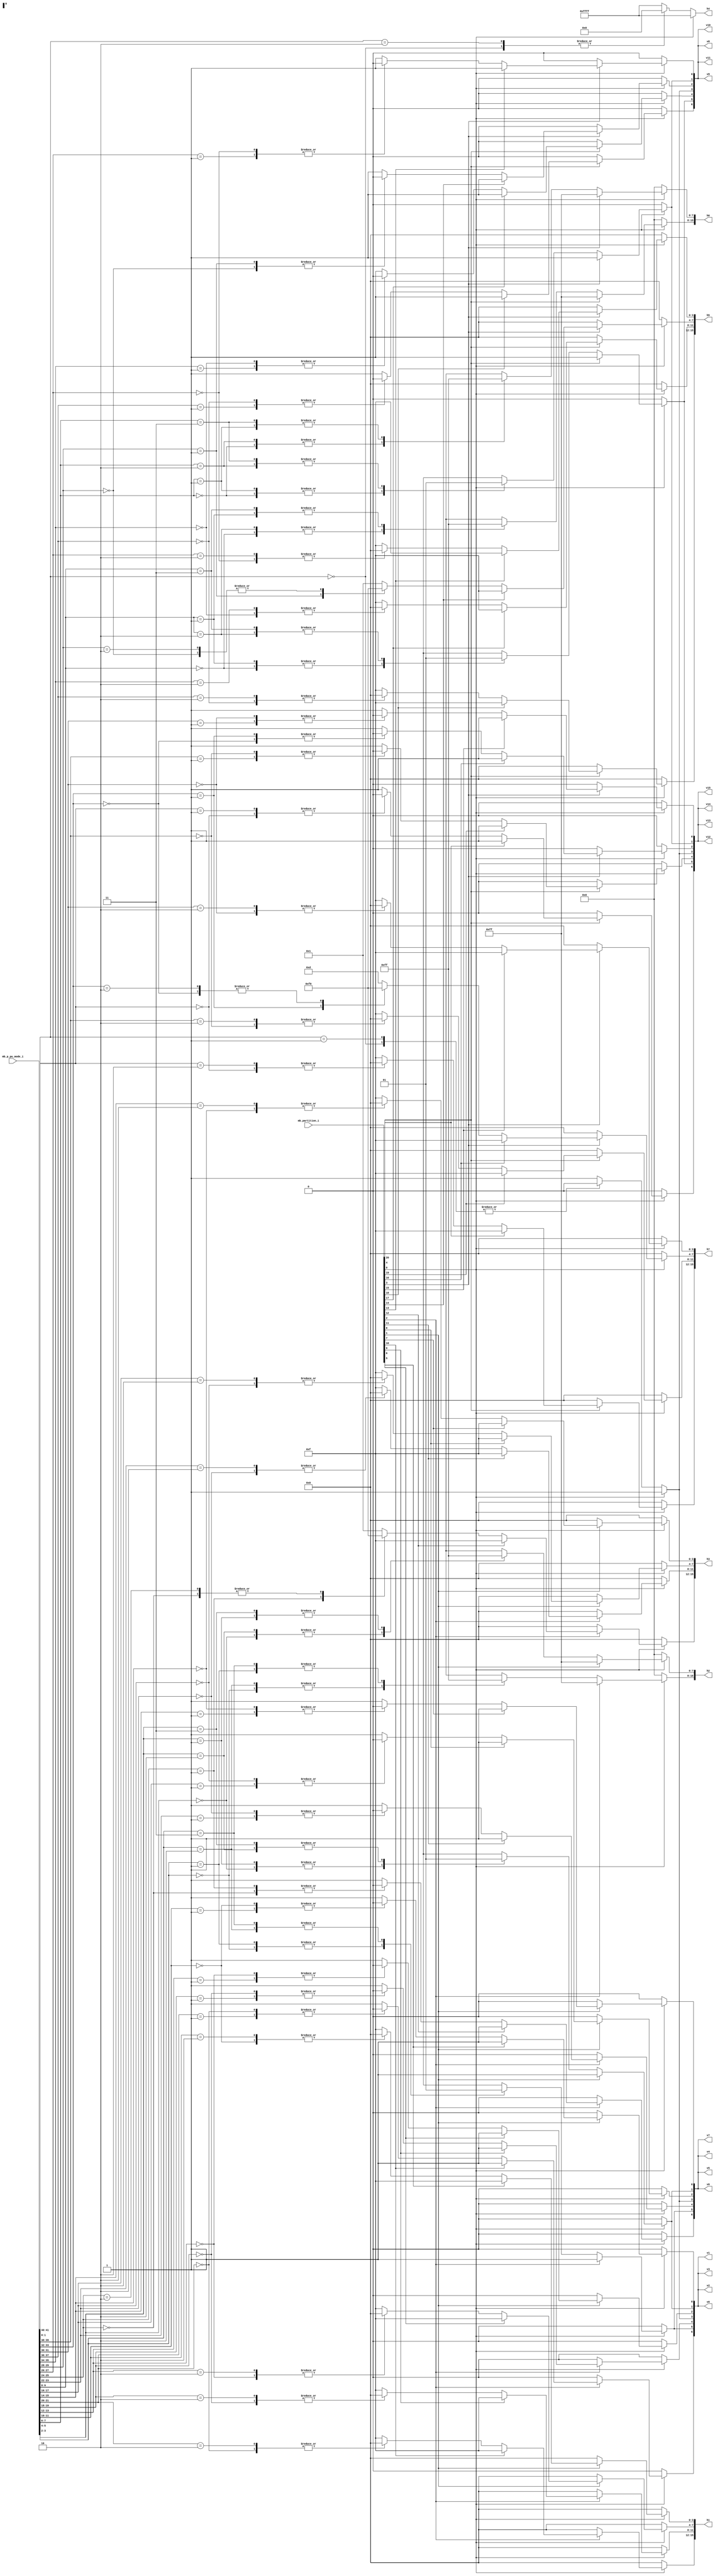
//----------------------------------------------------------------------------
//                                                                 
//  COPYRIGHT (C) 2011, VIPcore Group, Fudan University
//                                                                  
//  THIS FILE MAY NOT BE MODIFIED OR REDISTRIBUTED WITHOUT THE      
//  EXPRESSED WRITTEN CONSENT OF VIPcore Group
//                                                                  
//  VIPcore       : http://soc.fudan.edu.cn/vip    
//  IP Owner 	  : Yibo FAN
//  Contact       : fanyibo@fudan.edu.cn             
//----------------------------------------------------------------------------
// Description    : cacl the tu edge of the luma lcu
//					tu is sqare	so only cacl the ver edge,the hor edge = ver edge         
//----------------------------------------------------------------------------
module db_pu_edge(
					mb_partition_i,
					mb_p_pu_mode_i,
 					v0,v1,v2 ,v3 ,v4 ,v5 ,v6 ,v7 ,
					v8,v9,v10,v11,v12,v13,v14,v15,
                    h1,h2,h3,h4,h5,h6,h7
				 );
// **************************************************************************************
//                                             
//    INPUT / OUTPUT DECLARATION               
//                                             
// **************************************************************************************
input 	[20:0]		mb_partition_i		         ;// CU partition mode,0:not split , 1:split
input   [41:0]      mb_p_pu_mode_i		         ;
output  [6:0]       v0,v1,v2 ,v3 ,v4 ,v5 ,v6 ,v7 ;
output  [6:0]       v8,v9,v10,v11,v12,v13,v14,v15;
output  [15:0]      h1,h2,h3,h4,h5,h6,h7  		 ;
   
reg     [6:0]       v0,v1,v2,v3 ,v4 ,v5 ,v6 ,v7  ;
reg     [6:0]       v8,v9,v10,v11,v12,v13,v14,v15;				 
reg     [15:0]      h1,h2,h3,h4,h5,h6,h7  		 ;

//8x8 pu edge : h1 h3 h5 h7  v[0 2 4 6]
//h1
always @* begin		
	if(!mb_partition_i[0])     begin //64x64		
		v0[0]		=	1'b0	;
		v1[0]		=	1'b0	;
		v2[0]		=	1'b0	;
		v3[0]		=	1'b0	;
		h1[3:0]		=   4'h0  	;
	end
    else if(!mb_partition_i[1])	begin //32x32		
		v0[0]		=	1'b0	;
		v1[0]		=	1'b0	;
		v2[0]		=	1'b0	;
		v3[0]		=	1'b0	;
		h1[3:0]		=   4'h0  	;
	end
    else if(mb_partition_i[5])  begin //8x8	
		v0[0]		=	1'b1	;
		v1[0]		=	1'b1	;
		v2[0]		=	1'b1	;
		v3[0]		=	1'b1	;
		h1[3:0]		=   4'hf  	;
	end
	else begin						//16x16
		case(mb_p_pu_mode_i[11:10])
			2'b00:begin v0[0]= 1'b0;v1[0]= 1'b0;v2[0]= 1'b0;v3[0]= 1'b0;h1[3:0]=4'h0; end
			2'b01:begin v0[0]= 1'b0;v1[0]= 1'b0;v2[0]= 1'b0;v3[0]= 1'b0;h1[3:0]=4'hf; end
			2'b10:begin v0[0]= 1'b1;v1[0]= 1'b1;v2[0]= 1'b1;v3[0]= 1'b1;h1[3:0]=4'h0; end
		  default:begin v0[0]= 1'b1;v1[0]= 1'b1;v2[0]= 1'b1;v3[0]= 1'b1;h1[3:0]=4'hf; end
        endcase		
    end		
end		

always @* begin		
	if(!mb_partition_i[0])     begin //64x64		
		v0[2]		=	1'b0	;
		v1[2]		=	1'b0	;
		v2[2]		=	1'b0	;
		v3[2]		=	1'b0	;
		h1[7:4]		=   4'h0  	;
	end
    else if(!mb_partition_i[1])	begin //32x32		
		v0[2]		=	1'b0	;
		v1[2]		=	1'b0	;
		v2[2]		=	1'b0	;
		v3[2]		=	1'b0	;
		h1[7:4]		=   4'h0  	;
	end
    else if(mb_partition_i[6])  begin //8x8	
		v0[2]		=	1'b1	;
		v1[2]		=	1'b1	;
		v2[2]		=	1'b1	;
		v3[2]		=	1'b1	;
		h1[7:4]		=   4'hf  	;
	end
	else begin						//16x16
		case(mb_p_pu_mode_i[13:12])
			2'b00:begin v0[2]= 1'b0;v1[2]= 1'b0;v2[2]= 1'b0;v3[2]= 1'b0;h1[7:4]=4'h0; end
			2'b01:begin v0[2]= 1'b0;v1[2]= 1'b0;v2[2]= 1'b0;v3[2]= 1'b0;h1[7:4]=4'hf; end
			2'b10:begin v0[2]= 1'b1;v1[2]= 1'b1;v2[2]= 1'b1;v3[2]= 1'b1;h1[7:4]=4'h0; end
		  default:begin v0[2]= 1'b1;v1[2]= 1'b1;v2[2]= 1'b1;v3[2]= 1'b1;h1[7:4]=4'hf; end
        endcase		
    end		
end	

always @* begin		
	if(!mb_partition_i[0])     begin //64x64		
		v0[4]		=	1'b0	;
		v1[4]		=	1'b0	;
		v2[4]		=	1'b0	;
		v3[4]		=	1'b0	;
		h1[11:8]	=   4'h0  	;
	end
    else if(!mb_partition_i[2])	begin //32x32		
		v0[4]		=	1'b0	;
		v1[4]		=	1'b0	;
		v2[4]		=	1'b0	;
		v3[4]		=	1'b0	;
		h1[11:8]	=   4'h0  	;
	end
    else if(mb_partition_i[9])  begin //8x8	
		v0[4]		=	1'b1	;
		v1[4]		=	1'b1	;
		v2[4]		=	1'b1	;
		v3[4]		=	1'b1	;
		h1[11:8]	=   4'hf  	;
	end
	else begin						//16x16
		case(mb_p_pu_mode_i[19:18])
			2'b00:begin v0[4]= 1'b0;v1[4]= 1'b0;v2[4]= 1'b0;v3[4]= 1'b0;h1[11:8]=4'h0; end
			2'b01:begin v0[4]= 1'b0;v1[4]= 1'b0;v2[4]= 1'b0;v3[4]= 1'b0;h1[11:8]=4'hf; end
			2'b10:begin v0[4]= 1'b1;v1[4]= 1'b1;v2[4]= 1'b1;v3[4]= 1'b1;h1[11:8]=4'h0; end
		  default:begin v0[4]= 1'b1;v1[4]= 1'b1;v2[4]= 1'b1;v3[4]= 1'b1;h1[11:8]=4'hf; end
        endcase		
    end		
end	

always @* begin		
	if(!mb_partition_i[0])     begin //64x64		
		v0[6]		=	1'b0	;
		v1[6]		=	1'b0	;
		v2[6]		=	1'b0	;
		v3[6]		=	1'b0	;
		h1[15:12]	=   4'h0  	;
	end
    else if(!mb_partition_i[2])	begin //32x32		
		v0[6]		=	1'b0	;
		v1[6]		=	1'b0	;
		v2[6]		=	1'b0	;
		v3[6]		=	1'b0	;
		h1[15:12]	=   4'h0  	;
	end
    else if(mb_partition_i[10])  begin //8x8	
		v0[6]		=	1'b1	;
		v1[6]		=	1'b1	;
		v2[6]		=	1'b1	;
		v3[6]		=	1'b1	;
		h1[15:12]	=   4'hf  	;
	end
	else begin						//16x16
		case(mb_p_pu_mode_i[21:20])
			2'b00:begin v0[6]= 1'b0;v1[6]= 1'b0;v2[6]= 1'b0;v3[6]= 1'b0;h1[15:12]=4'h0; end
			2'b01:begin v0[6]= 1'b0;v1[6]= 1'b0;v2[6]= 1'b0;v3[6]= 1'b0;h1[15:12]=4'hf; end
			2'b10:begin v0[6]= 1'b1;v1[6]= 1'b1;v2[6]= 1'b1;v3[6]= 1'b1;h1[15:12]=4'h0; end
		  default:begin v0[6]= 1'b1;v1[6]= 1'b1;v2[6]= 1'b1;v3[6]= 1'b1;h1[15:12]=4'hf; end
        endcase		
    end		
end	
//h3
always @* begin		
	if(!mb_partition_i[0])     begin //64x64		
		v4[0]		=	1'b0	;
		v5[0]		=	1'b0	;
		v6[0]		=	1'b0	;
		v7[0]		=	1'b0	;
		h3[3:0]		=   4'h0  	;
	end
    else if(!mb_partition_i[1])	begin //32x32		
		v4[0]		=	1'b0	;
		v5[0]		=	1'b0	;
		v6[0]		=	1'b0	;
		v7[0]		=	1'b0	;
		h3[3:0]		=   4'h0  	;
	end
    else if(mb_partition_i[7])  begin //8x8	
		v4[0]		=	1'b1	;
		v5[0]		=	1'b1	;
		v6[0]		=	1'b1	;
		v7[0]		=	1'b1	;
		h3[3:0]		=   4'hf  	;
	end
	else begin						//16x16
		case(mb_p_pu_mode_i[15:14])
			2'b00:begin v4[0]= 1'b0;v5[0]= 1'b0;v6[0]= 1'b0;v7[0]= 1'b0;h3[3:0]=4'h0; end
			2'b01:begin v4[0]= 1'b0;v5[0]= 1'b0;v6[0]= 1'b0;v7[0]= 1'b0;h3[3:0]=4'hf; end
			2'b10:begin v4[0]= 1'b1;v5[0]= 1'b1;v6[0]= 1'b1;v7[0]= 1'b1;h3[3:0]=4'h0; end
		  default:begin v4[0]= 1'b1;v5[0]= 1'b1;v6[0]= 1'b1;v7[0]= 1'b1;h3[3:0]=4'hf; end
        endcase		
    end		
end		

always @* begin		
	if(!mb_partition_i[0])     begin //64x64		
		v4[2]		=	1'b0	;
		v5[2]		=	1'b0	;
		v6[2]		=	1'b0	;
		v7[2]		=	1'b0	;
		h3[7:4]		=   4'h0  	;
	end
    else if(!mb_partition_i[1])	begin //32x32		
		v4[2]		=	1'b0	;
		v5[2]		=	1'b0	;
		v6[2]		=	1'b0	;
		v7[2]		=	1'b0	;
		h3[7:4]		=   4'h0  	;
	end
    else if(mb_partition_i[8])  begin //8x8	
		v4[2]		=	1'b1	;
		v5[2]		=	1'b1	;
		v6[2]		=	1'b1	;
		v7[2]		=	1'b1	;
		h3[7:4]		=   4'hf  	;
	end
	else begin						//16x16
		case(mb_p_pu_mode_i[17:16])
			2'b00:begin v4[2]= 1'b0;v5[2]= 1'b0;v6[2]= 1'b0;v7[2]= 1'b0;h3[7:4]=4'h0; end
			2'b01:begin v4[2]= 1'b0;v5[2]= 1'b0;v6[2]= 1'b0;v7[2]= 1'b0;h3[7:4]=4'hf; end
			2'b10:begin v4[2]= 1'b1;v5[2]= 1'b1;v6[2]= 1'b1;v7[2]= 1'b1;h3[7:4]=4'h0; end
		  default:begin v4[2]= 1'b1;v5[2]= 1'b1;v6[2]= 1'b1;v7[2]= 1'b1;h3[7:4]=4'hf; end
        endcase		
    end		
end	

always @* begin		
	if(!mb_partition_i[0])     begin //64x64		
		v4[4]		=	1'b0	;
		v5[4]		=	1'b0	;
		v6[4]		=	1'b0	;
		v7[4]		=	1'b0	;
		h3[11:8]	=   4'h0  	;
	end
    else if(!mb_partition_i[2])	begin //32x32		
		v4[4]		=	1'b0	;
		v5[4]		=	1'b0	;
		v6[4]		=	1'b0	;
		v7[4]		=	1'b0	;
		h3[11:8]	=   4'h0  	;
	end
    else if(mb_partition_i[11])  begin //8x8	
		v4[4]		=	1'b1	;
		v5[4]		=	1'b1	;
		v6[4]		=	1'b1	;
		v7[4]		=	1'b1	;
		h3[11:8]	=   4'hf  	;
	end
	else begin						//16x16
		case(mb_p_pu_mode_i[23:22])
			2'b00:begin v4[4]= 1'b0;v5[4]= 1'b0;v6[4]= 1'b0;v7[4]= 1'b0;h3[11:8]=4'h0; end
			2'b01:begin v4[4]= 1'b0;v5[4]= 1'b0;v6[4]= 1'b0;v7[4]= 1'b0;h3[11:8]=4'hf; end
			2'b10:begin v4[4]= 1'b1;v5[4]= 1'b1;v6[4]= 1'b1;v7[4]= 1'b1;h3[11:8]=4'h0; end
		  default:begin v4[4]= 1'b1;v5[4]= 1'b1;v6[4]= 1'b1;v7[4]= 1'b1;h3[11:8]=4'hf; end
        endcase		
    end		
end	

always @* begin		
	if(!mb_partition_i[0])     begin //64x64		
		v4[6]		=	1'b0	;
		v5[6]		=	1'b0	;
		v6[6]		=	1'b0	;
		v7[6]		=	1'b0	;
		h3[15:12]	=   4'h0  	;
	end
    else if(!mb_partition_i[2])	begin //32x32		
		v4[6]		=	1'b0	;
		v5[6]		=	1'b0	;
		v6[6]		=	1'b0	;
		v7[6]		=	1'b0	;
		h3[15:12]	=   4'h0  	;
	end
    else if(mb_partition_i[12])  begin //8x8	
		v4[6]		=	1'b1	;
		v5[6]		=	1'b1	;
		v6[6]		=	1'b1	;
		v7[6]		=	1'b1	;
		h3[15:12]	=   4'hf  	;
	end
	else begin						//16x16
		case(mb_p_pu_mode_i[25:24])
			2'b00:begin v4[6]= 1'b0;v5[6]= 1'b0;v6[6]= 1'b0;v7[6]= 1'b0;h3[15:12]=4'h0; end
			2'b01:begin v4[6]= 1'b0;v5[6]= 1'b0;v6[6]= 1'b0;v7[6]= 1'b0;h3[15:12]=4'hf; end
			2'b10:begin v4[6]= 1'b1;v5[6]= 1'b1;v6[6]= 1'b1;v7[6]= 1'b1;h3[15:12]=4'h0; end
		  default:begin v4[6]= 1'b1;v5[6]= 1'b1;v6[6]= 1'b1;v7[6]= 1'b1;h3[15:12]=4'h1; end
        endcase		
    end		
end	
//h5
always @* begin		
	if(!mb_partition_i[0])     begin //64x64		
		v8[0]		=	1'b0	;
		v9[0]		=	1'b0	;
		v10[0]		=	1'b0	;
		v11[0]		=	1'b0	;
		h5[3:0]		=   4'h0  	;
	end
    else if(!mb_partition_i[3])	begin //32x32		
		v8[0]		=	1'b0	;
		v9[0]		=	1'b0	;
		v10[0]		=	1'b0	;
		v11[0]		=	1'b0	;
		h5[3:0]		=   4'h0  	;
	end
    else if(mb_partition_i[13])  begin //8x8	
		v8[0]		=	1'b1	;
		v9[0]		=	1'b1	;
		v10[0]		=	1'b1	;
		v11[0]		=	1'b1	;
		h5[3:0]		=   4'hf  	;
	end
	else begin						//16x16
		case(mb_p_pu_mode_i[27:26])
			2'b00:begin v8[0]= 1'b0;v9[0]= 1'b0;v10[0]= 1'b0;v11[0]= 1'b0;h5[3:0]=4'h0; end
			2'b01:begin v8[0]= 1'b0;v9[0]= 1'b0;v10[0]= 1'b0;v11[0]= 1'b0;h5[3:0]=4'hf; end
			2'b10:begin v8[0]= 1'b1;v9[0]= 1'b1;v10[0]= 1'b1;v11[0]= 1'b1;h5[3:0]=4'h0; end
		  default:begin v8[0]= 1'b1;v9[0]= 1'b1;v10[0]= 1'b1;v11[0]= 1'b1;h5[3:0]=4'hf; end
        endcase		
    end		
end		

always @* begin		
	if(!mb_partition_i[0])     begin //64x64		
		v8[2]		=	1'b0	;
		v9[2]		=	1'b0	;
		v10[2]		=	1'b0	;
		v11[2]		=	1'b0	;
		h5[7:4]		=   4'h0  	;
	end
    else if(!mb_partition_i[3])	begin //32x32		
		v8[2]		=	1'b0	;
		v9[2]		=	1'b0	;
		v10[2]		=	1'b0	;
		v11[2]		=	1'b0	;
		h5[7:4]		=   4'h0  	;
	end
    else if(mb_partition_i[14])  begin //8x8	
		v8[2]		=	1'b1	;
		v9[2]		=	1'b1	;
		v10[2]		=	1'b1	;
		v11[2]		=	1'b1	;
		h5[7:4]		=   4'hf  	;
	end
	else begin						//16x16
		case(mb_p_pu_mode_i[29:28])
			2'b00:begin v8[2]= 1'b0;v9[2]= 1'b0;v10[2]= 1'b0;v11[2]= 1'b0;h5[7:4]=4'h0; end
			2'b01:begin v8[2]= 1'b0;v9[2]= 1'b0;v10[2]= 1'b0;v11[2]= 1'b0;h5[7:4]=4'hf; end
			2'b10:begin v8[2]= 1'b1;v9[2]= 1'b1;v10[2]= 1'b1;v11[2]= 1'b1;h5[7:4]=4'h0; end
		  default:begin v8[2]= 1'b1;v9[2]= 1'b1;v10[2]= 1'b1;v11[2]= 1'b1;h5[7:4]=4'h1; end
        endcase		
    end		
end	

always @* begin		
	if(!mb_partition_i[0])     begin //64x64		
		v8[4]		=	1'b0	;
		v9[4]		=	1'b0	;
		v10[4]		=	1'b0	;
		v11[4]		=	1'b0	;
		h5[11:8]	=   4'h0  	;
	end
    else if(!mb_partition_i[4])	begin //32x32		
		v8[4]		=	1'b0	;
		v9[4]		=	1'b0	;
		v10[4]		=	1'b0	;
		v11[4]		=	1'b0	;
		h5[11:8]	=   4'h0  	;
	end
    else if(mb_partition_i[17])  begin //8x8	
		v8[4]		=	1'b1	;
		v9[4]		=	1'b1	;
		v10[4]		=	1'b1	;
		v11[4]		=	1'b1	;
		h5[11:8]	=   4'hf  	;
	end
	else begin						//16x16
		case(mb_p_pu_mode_i[35:34])
			2'b00:begin v8[4]= 1'b0;v9[4]= 1'b0;v10[4]= 1'b0;v11[4]= 1'b0;h5[11:8]=4'h0; end
			2'b01:begin v8[4]= 1'b0;v9[4]= 1'b0;v10[4]= 1'b0;v11[4]= 1'b0;h5[11:8]=4'hf; end
			2'b10:begin v8[4]= 1'b1;v9[4]= 1'b1;v10[4]= 1'b1;v11[4]= 1'b1;h5[11:8]=4'h0; end
		  default:begin v8[4]= 1'b1;v9[4]= 1'b1;v10[4]= 1'b1;v11[4]= 1'b1;h5[11:8]=4'hf; end
        endcase		
    end		
end	

always @* begin		
	if(!mb_partition_i[0])     begin //64x64		
		v8[6]		=	1'b0	;
		v9[6]		=	1'b0	;
		v10[6]		=	1'b0	;
		v11[6]		=	1'b0	;
		h5[15:12]	=   4'h0  	;
	end
    else if(!mb_partition_i[4])	begin //32x32		
		v8[6]		=	1'b0	;
		v9[6]		=	1'b0	;
		v10[6]		=	1'b0	;
		v11[6]		=	1'b0	;
		h5[15:12]	=   4'h0  	;
	end
    else if(mb_partition_i[18])  begin //8x8	
		v8[6]		=	1'b1	;
		v9[6]		=	1'b1	;
		v10[6]		=	1'b1	;
		v11[6]		=	1'b1	;
		h5[15:12]	=   4'hf  	;
	end
	else begin						//16x16
		case(mb_p_pu_mode_i[37:36])
			2'b00:begin v8[6]= 1'b0;v9[6]= 1'b0;v10[6]= 1'b0;v11[6]= 1'b0;h5[15:12]=4'h0; end
			2'b01:begin v8[6]= 1'b0;v9[6]= 1'b0;v10[6]= 1'b0;v11[6]= 1'b0;h5[15:12]=4'hf; end
			2'b10:begin v8[6]= 1'b1;v9[6]= 1'b1;v10[6]= 1'b1;v11[6]= 1'b1;h5[15:12]=4'h0; end
		  default:begin v8[6]= 1'b1;v9[6]= 1'b1;v10[6]= 1'b1;v11[6]= 1'b1;h5[15:12]=4'hf; end
        endcase		
    end		
end	

//h7
always @* begin		
	if(!mb_partition_i[0])     begin //64x64		
		v12[0]		=	1'b0	;
		v13[0]		=	1'b0	;
		v14[0]		=	1'b0	;
		v15[0]		=	1'b0	;
		h7[3:0]		=   4'h0  	;
	end
    else if(!mb_partition_i[3])	begin //32x32		
		v12[0]		=	1'b0	;
		v13[0]		=	1'b0	;
		v14[0]		=	1'b0	;
		v15[0]		=	1'b0	;
		h7[3:0]		=   4'h0  	;
	end
    else if(mb_partition_i[15])  begin //8x8	
		v12[0]		=	1'b1	;
		v13[0]		=	1'b1	;
		v14[0]		=	1'b1	;
		v15[0]		=	1'b1	;
		h7[3:0]		=   4'hf  	;
	end
	else begin						//16x16
		case(mb_p_pu_mode_i[31:30])
			2'b00:begin v12[0]= 1'b0;v13[0]= 1'b0;v14[0]= 1'b0;v15[0]= 1'b0;h7[3:0]=4'h0; end
			2'b01:begin v12[0]= 1'b0;v13[0]= 1'b0;v14[0]= 1'b0;v15[0]= 1'b0;h7[3:0]=4'hf; end
			2'b10:begin v12[0]= 1'b1;v13[0]= 1'b1;v14[0]= 1'b1;v15[0]= 1'b1;h7[3:0]=4'h0; end
		  default:begin v12[0]= 1'b1;v13[0]= 1'b1;v14[0]= 1'b1;v15[0]= 1'b1;h7[3:0]=4'hf; end
        endcase		
    end		
end		

always @* begin		
	if(!mb_partition_i[0])     begin //64x64		
		v12[2]		=	1'b0	;
		v13[2]		=	1'b0	;
		v14[2]		=	1'b0	;
		v15[2]		=	1'b0	;
		h7[7:4]		=   4'h0  	;
	end
    else if(!mb_partition_i[3])	begin //32x32		
		v12[2]		=	1'b0	;
		v13[2]		=	1'b0	;
		v14[2]		=	1'b0	;
		v15[2]		=	1'b0	;
		h7[7:4]		=   4'h0  	;
	end
    else if(mb_partition_i[16])  begin //8x8	
		v12[2]		=	1'b1	;
		v13[2]		=	1'b1	;
		v14[2]		=	1'b1	;
		v15[2]		=	1'b1	;
		h7[7:4]		=   4'hf  	;
	end
	else begin						//16x16
		case(mb_p_pu_mode_i[33:32])
			2'b00:begin v12[2]= 1'b0;v13[2]= 1'b0;v14[2]= 1'b0;v15[2]= 1'b0;h7[7:4]=4'h0; end
			2'b01:begin v12[2]= 1'b0;v13[2]= 1'b0;v14[2]= 1'b0;v15[2]= 1'b0;h7[7:4]=4'hf; end
			2'b10:begin v12[2]= 1'b1;v13[2]= 1'b1;v14[2]= 1'b1;v15[2]= 1'b1;h7[7:4]=4'h0; end
		  default:begin v12[2]= 1'b1;v13[2]= 1'b1;v14[2]= 1'b1;v15[2]= 1'b1;h7[7:4]=4'hd; end
        endcase		
    end		
end	

always @* begin		
	if(!mb_partition_i[0])     begin //64x64		
		v12[4]		=	1'b0	;
		v13[4]		=	1'b0	;
		v14[4]		=	1'b0	;
		v15[4]		=	1'b0	;
		h7[11:8]	=   4'h0  	;
	end
    else if(!mb_partition_i[4])	begin //32x32		
		v12[4]		=	1'b0	;
		v13[4]		=	1'b0	;
		v14[4]		=	1'b0	;
		v15[4]		=	1'b0	;
		h7[11:8]	=   4'h0  	;
	end
    else if(mb_partition_i[19])  begin //8x8	
		v12[4]		=	1'b1	;
		v13[4]		=	1'b1	;
		v14[4]		=	1'b1	;
		v15[4]		=	1'b1	;
		h7[11:8]	=   4'hf  	;
	end
	else begin						//16x16
		case(mb_p_pu_mode_i[39:38])
			2'b00:begin v12[4]= 1'b0;v13[4]= 1'b0;v14[4]= 1'b0;v15[4]= 1'b0;h7[11:8]=4'h0; end
			2'b01:begin v12[4]= 1'b0;v13[4]= 1'b0;v14[4]= 1'b0;v15[4]= 1'b0;h7[11:8]=4'hf; end
			2'b10:begin v12[4]= 1'b1;v13[4]= 1'b1;v14[4]= 1'b1;v15[4]= 1'b1;h7[11:8]=4'h0; end
		  default:begin v12[4]= 1'b1;v13[4]= 1'b1;v14[4]= 1'b1;v15[4]= 1'b1;h7[11:8]=4'hf; end
        endcase		
    end		
end	

always @* begin		
	if(!mb_partition_i[0])     begin //64x64		
		v12[6]		=	1'b0	;
		v13[6]		=	1'b0	;
		v14[6]		=	1'b0	;
		v15[6]		=	1'b0	;
		h7[15:12]	=   4'h0  	;
	end
    else if(!mb_partition_i[4])	begin //32x32		
		v12[6]		=	1'b0	;
		v13[6]		=	1'b0	;
		v14[6]		=	1'b0	;
		v15[6]		=	1'b0	;
		h7[15:12]	=   4'h0  	;
	end
    else if(mb_partition_i[20])  begin //8x8	
		v12[6]		=	1'b1	;
		v13[6]		=	1'b1	;
		v14[6]		=	1'b1	;
		v15[6]		=	1'b1	;
		h7[15:12]	=   4'hf  	;
	end
	else begin						    //16x16
		case(mb_p_pu_mode_i[41:40])
			2'b00:begin v12[6]= 1'b0;v13[6]= 1'b0;v14[6]= 1'b0;v15[6]= 1'b0;h7[15:12]=4'h0; end
			2'b01:begin v12[6]= 1'b0;v13[6]= 1'b0;v14[6]= 1'b0;v15[6]= 1'b0;h7[15:12]=4'hf; end
			2'b10:begin v12[6]= 1'b1;v13[6]= 1'b1;v14[6]= 1'b1;v15[6]= 1'b1;h7[15:12]=4'h0; end
		  default:begin v12[6]= 1'b1;v13[6]= 1'b1;v14[6]= 1'b1;v15[6]= 1'b1;h7[15:12]=4'hf; end
        endcase		
    end		
end	
//16x16 pu edge :h2 h6  v[1  5]
always @*  begin
	if(!mb_partition_i[0])	begin	  	//64x64
		v0[1]		=	1'b0	;
		v1[1]		=	1'b0	;
		v2[1]		=	1'b0	;
		v3[1]		=	1'b0	;
		v4[1]		=	1'b0	;
		v5[1]		=	1'b0	;
		v6[1]		=	1'b0	;
		v7[1]		=	1'b0	;
        h2[7:0]     =   8'h0	;
    end
	else if(!mb_partition_i[1])	begin  	//32x32
		case(mb_p_pu_mode_i[3:2])
			2'b00:begin 				//2Nx2N
						 v0[1]=1'b0;v1[1]=1'b0;v2[1]=1'b0;v3[1]=1'b0; 
						 v4[1]=1'b0;v5[1]=1'b0;v6[1]=1'b0;v7[1]=1'b0;
						 h2[7:0]=8'h0;
			end
			
			2'b01:begin 				//2NxN
						 v0[1]=1'b0;v1[1]=1'b0;v2[1]=1'b0;v3[1]=1'b0;
						 v4[1]=1'b0;v5[1]=1'b0;v6[1]=1'b0;v7[1]=1'b0;
						 h2[7:0]=8'hff;
			end
			2'b10:begin 	 			//Nx2N
						 v0[1]=1'b1;v1[1]=1'b1;v2[1]=1'b1;v3[1]=1'b1;
						 v4[1]=1'b1;v5[1]=1'b1;v6[1]=1'b1;v7[1]=1'b1;
						 h2[7:0]=8'h00;
			end
			2'b11:begin  				//split
						 v0[1]=1'b1;v1[1]=1'b1;v2[1]=1'b1;v3[1]=1'b1;
						 v4[1]=1'b1;v5[1]=1'b1;v6[1]=1'b1;v7[1]=1'b1;
						 h2[7:0]=8'hff;
			end
		endcase
    end
    else begin
		v0[1]		=	1'b1	;
		v1[1]		=	1'b1	;
		v2[1]		=	1'b1	;
		v3[1]		=	1'b1	;
		v4[1]		=	1'b1	;
		v5[1]		=	1'b1	;
		v6[1]		=	1'b1	;
		v7[1]		=	1'b1	;
        h2[7:0]     =   8'hff	;
	end
end

always @*  begin
	if(!mb_partition_i[0])	begin	  	//64x64
		v0[5]		=	1'b0	;
		v1[5]		=	1'b0	;
		v2[5]		=	1'b0	;
		v3[5]		=	1'b0	;
		v4[5]		=	1'b0	;
		v5[5]		=	1'b0	;
		v6[5]		=	1'b0	;
		v7[5]		=	1'b0	;
        h2[15:8]     =   8'h0	;
    end
	else if(!mb_partition_i[2])	begin  	//32x32
		case(mb_p_pu_mode_i[5:4])
			2'b00:begin 				//2Nx2N
						 v0[5]=1'b0;v1[5]=1'b0;v2[5]=1'b0;v3[5]=1'b0; 
						 v4[5]=1'b0;v5[5]=1'b0;v6[5]=1'b0;v7[5]=1'b0;
						 h2[15:8]=8'h0;
			end
			
			2'b01:begin 				//2NxN
						 v0[5]=1'b0;v1[5]=1'b0;v2[5]=1'b0;v3[5]=1'b0;
						 v4[5]=1'b0;v5[5]=1'b0;v6[5]=1'b0;v7[5]=1'b0;
						 h2[15:8]=8'hff;
			end
			2'b10:begin 	 			//Nx2N
						 v0[5]=1'b1;v1[5]=1'b1;v2[5]=1'b1;v3[5]=1'b1;
						 v4[5]=1'b1;v5[5]=1'b1;v6[5]=1'b1;v7[5]=1'b1;
						 h2[15:8]=8'h00;
			end
			2'b11:begin  				//split
						 v0[5]=1'b1;v1[5]=1'b1;v2[5]=1'b1;v3[5]=1'b1;
						 v4[5]=1'b1;v5[5]=1'b1;v6[5]=1'b1;v7[5]=1'b1;
						 h2[15:8]=8'hff;
			end
		endcase
    end
    else  begin
		v0[5]		=	1'b1	;
		v1[5]		=	1'b1	;
		v2[5]		=	1'b1	;
		v3[5]		=	1'b1	;
		v4[5]		=	1'b1	;
		v5[5]		=	1'b1	;
		v6[5]		=	1'b1	;
		v7[5]		=	1'b1	;
        h2[15:8]    =   8'hff	;
	end
end

always @*  begin
	if(!mb_partition_i[0])	begin	  	//64x64
		v8[1]		=	1'b0	;
		v9[1]		=	1'b0	;
		v10[1]		=	1'b0	;
		v11[1]		=	1'b0	;
		v12[1]		=	1'b0	;
		v13[1]		=	1'b0	;
		v14[1]		=	1'b0	;
		v15[1]		=	1'b0	;
        h6[7:0]     =   8'h0	;
    end
	else if(!mb_partition_i[3])	begin  	//32x32
		case(mb_p_pu_mode_i[7:6])
			2'b00:begin 				//2Nx2N
						 v8[1]=1'b0 ;v9[1]=1'b0 ;v10[1]=1'b0;v11[1]=1'b0; 
						 v12[1]=1'b0;v13[1]=1'b0;v14[1]=1'b0;v15[1]=1'b0;
						 h6[7:0]=8'h0;
			end
			
			2'b01:begin 				//2NxN
						 v8[1]=1'b0;v9[1]=1'b0;v10[1]=1'b0;v11[1]=1'b0;
						 v12[1]=1'b0;v13[1]=1'b0;v14[1]=1'b0;v15[1]=1'b0;
						 h6[7:0]=8'hff;
			end
			2'b10:begin 	 			//Nx2N
						 v8[1]=1'b1;v9[1]=1'b1;v10[1]=1'b1;v11[1]=1'b1;
						 v12[1]=1'b1;v13[1]=1'b1;v14[1]=1'b1;v15[1]=1'b1;
						 h6[7:0]=8'h00;
			end
			2'b11:begin  				//split
						 v8[1]=1'b1;v9[1]=1'b1;v10[1]=1'b1;v11[1]=1'b1;
						 v12[1]=1'b1;v13[1]=1'b1;v14[1]=1'b1;v15[1]=1'b1;
						 h6[7:0]=8'hff;
			end
		endcase
    end
    else begin
		v8[1]		=	1'b1	;
		v9[1]		=	1'b1	;
		v10[1]		=	1'b1	;
		v11[1]		=	1'b1	;
		v12[1]		=	1'b1	;
		v13[1]		=	1'b1	;
		v14[1]		=	1'b1	;
		v15[1]		=	1'b1	;
        h6[7:0]    =   8'hff	;
	end
end


always @*  begin
	if(!mb_partition_i[0])	begin	  	//64x64
		v8[5]		=	1'b0	;
		v9[5]		=	1'b0	;
		v10[5]		=	1'b0	;
		v11[5]		=	1'b0	;
		v12[5]		=	1'b0	;
		v13[5]		=	1'b0	;
		v14[5]		=	1'b0	;
		v15[5]		=	1'b0	;
        h6[15:8]    =   8'h0	;
    end
	else if(!mb_partition_i[4])	begin  	//32x32
		case(mb_p_pu_mode_i[9:8])
			2'b00:begin 				//2Nx2N
						 v8[5]=1'b0 ;v9[5]=1'b0 ;v10[5]=1'b0;v11[5]=1'b0; 
						 v12[5]=1'b0;v13[5]=1'b0;v14[5]=1'b0;v15[5]=1'b0;
						 h6[15:8]=8'h0;
			end
			
			2'b01:begin 				//2NxN
						 v8[5]=1'b0 ;v9[5]=1'b0 ;v10[5]=1'b0;v11[5]=1'b0;
						 v12[5]=1'b0;v13[5]=1'b0;v14[5]=1'b0;v15[5]=1'b0;
						 h6[15:8]=8'hff;
			end
			2'b10:begin  				//Nx2N
						 v8[5]=1'b1 ;v9[5]=1'b1 ;v10[5]=1'b1;v11[5]=1'b1;
						 v12[5]=1'b1;v13[5]=1'b1;v14[5]=1'b1;v15[5]=1'b1;
						 h6[15:8]=8'h00;
			end
			2'b11:begin 	 			//split
						 v8[5]=1'b1;v9[5]=1'b1;v10[5]=1'b1;v11[5]=1'b1;
						 v12[5]=1'b1;v13[5]=1'b1;v14[5]=1'b1;v15[5]=1'b1;
						 h6[15:8]=8'hff;
			end
		endcase
    end
    else begin
		v8[5]		=	1'b1	;
		v9[5]		=	1'b1	;
		v10[5]		=	1'b1	;
		v11[5]		=	1'b1	;
		v12[5]		=	1'b1	;
		v13[5]		=	1'b1	;
		v14[5]		=	1'b1	;
		v15[5]		=	1'b1	;
        h6[15:8]    =   8'hff	;
	end
end
//32x32 pu edge :h4  v[3]
always @*   begin
	if(mb_partition_i[0])  begin	//64x64 split
		v0[3]		=	1'b1	;
		v1[3]		=	1'b1	;
		v2[3]		=	1'b1	;
		v3[3]		=	1'b1	;
		v4[3]		=	1'b1	;
		v5[3]		=	1'b1	;
		v6[3]		=	1'b1	;
		v7[3]		=	1'b1	;
 		v8[3]		=	1'b1	;
		v9[3]		=	1'b1	;
		v10[3]		=	1'b1	;
		v11[3]		=	1'b1	;
		v12[3]		=	1'b1	;
		v13[3]		=	1'b1	;
		v14[3]		=	1'b1	;
		v15[3]		=	1'b1	;   
		h4			=	16'hffff;
	end
	else                   begin   //64x64
		case(mb_p_pu_mode_i[1:0])
			2'b00:begin			   //2Nx2N
					v0[3]		=	1'b0	;
					v1[3]		=	1'b0	;
					v2[3]		=	1'b0	;
					v3[3]		=	1'b0	;
					v4[3]		=	1'b0	;
					v5[3]		=	1'b0	;
					v6[3]		=	1'b0	;
					v7[3]		=	1'b0	;
					v8[3]		=	1'b0	;
					v9[3]		=	1'b0	;
					v10[3]		=	1'b0	;
					v11[3]		=	1'b0	;
					v12[3]		=	1'b0	;
					v13[3]		=	1'b0	;
					v14[3]		=	1'b0	;
					v15[3]		=	1'b0	;  	
	                h4			=	16'h0000;	
	        end
			2'b01:begin			    //2NxN
					v0[3]		=	1'b0	;
					v1[3]		=	1'b0	;
					v2[3]		=	1'b0	;
					v3[3]		=	1'b0	;
					v4[3]		=	1'b0	;
					v5[3]		=	1'b0	;
					v6[3]		=	1'b0	;
					v7[3]		=	1'b0	;
					v8[3]		=	1'b0	;
					v9[3]		=	1'b0	;
					v10[3]		=	1'b0	;
					v11[3]		=	1'b0	;
					v12[3]		=	1'b0	;
					v13[3]		=	1'b0	;
					v14[3]		=	1'b0	;
					v15[3]		=	1'b0	;  	
	                h4			=	16'hffff;					
			end
			2'b10:begin				//Nx2N
					v0[3]		=	1'b1	;
					v1[3]		=	1'b1	;
					v2[3]		=	1'b1	;
					v3[3]		=	1'b1	;
					v4[3]		=	1'b1	;
					v5[3]		=	1'b1	;
					v6[3]		=	1'b1	;
					v7[3]		=	1'b1	;
					v8[3]		=	1'b1	;
					v9[3]		=	1'b1	;
					v10[3]		=	1'b1	;
					v11[3]		=	1'b1	;
					v12[3]		=	1'b1	;
					v13[3]		=	1'b1	;
					v14[3]		=	1'b1	;
					v15[3]		=	1'b1	;  	
	                h4			=	16'h0000;		
	        end
		  default:begin				//split
					v0[3]		=	1'b1	;
					v1[3]		=	1'b1	;
					v2[3]		=	1'b1	;
					v3[3]		=	1'b1	;
					v4[3]		=	1'b1	;
					v5[3]		=	1'b1	;
					v6[3]		=	1'b1	;
					v7[3]		=	1'b1	;
					v8[3]		=	1'b1	;
					v9[3]		=	1'b1	;
					v10[3]		=	1'b1	;
					v11[3]		=	1'b1	;
					v12[3]		=	1'b1	;
					v13[3]		=	1'b1	;
					v14[3]		=	1'b1	;
					v15[3]		=	1'b1	;  	
	                h4			=	16'hffff;			  
		    end
		endcase
	end
end


endmodule